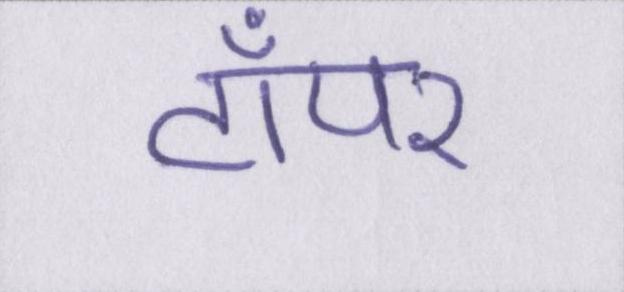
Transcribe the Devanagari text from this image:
टॉपर